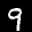
Label: 9